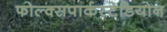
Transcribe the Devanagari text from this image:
फोल्क्सपार्कस्टेडियोन